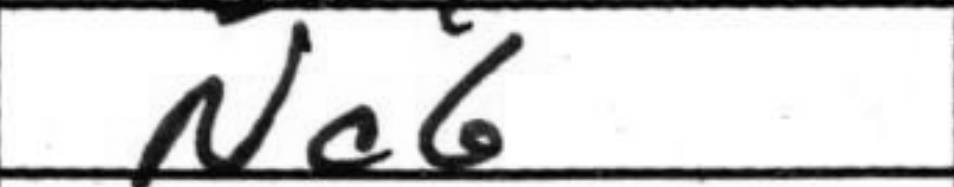
Transcription: Nc6